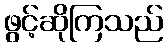
ဖွင့်ဆိုကြသည်